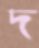
দ